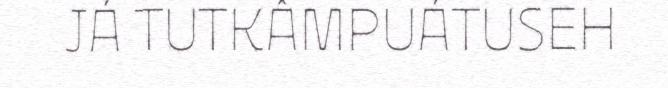
JÁ TUTKÂMPUÁTUSEH